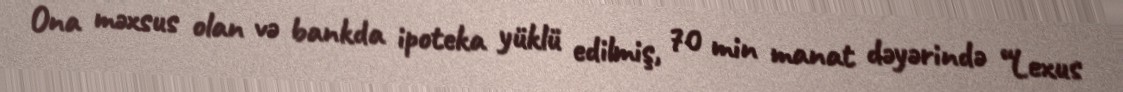
Ona məxsus olan və bankda ipoteka yüklü edilmiş, 70 min manat dəyərində “Lexus